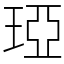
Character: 𤦩